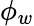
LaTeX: \phi_{w}